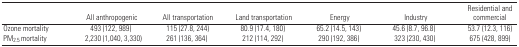
|  | All anthropogenic | All transportation | Land transportation | Energy | Industry | Residential and commercial |
 | --- | --- | --- | --- | --- | --- | --- |
 | Ozone mortality | 493 (122, 989) | 115 (27.8, 244) | 80.9 (17.4, 180) | 65.2 (14.5, 143) | 45.6 (8.7, 96.8) | 53.7 (12.3, 116) |
 | PM2.5 mortality | 2,230 (1,040, 3,330) | 261 (136, 364) | 212 (114, 292) | 290 (192, 386) | 323 (230, 430) | 675 (428, 899) |